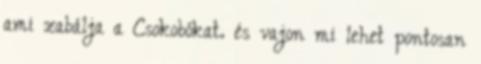
ami zabálja a Csokobókat. és vajon mi lehet pontosan